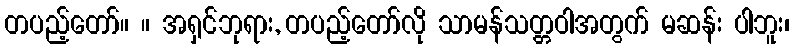
တပည့်တော်။ ။ အရှင်ဘုရား, တပည့်တော်လို သာမန်သတ္တဝါအတွက် မဆန်း ပါဘူး၊